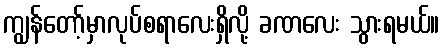
ကျွန်တော့်မှာလုပ်စရာလေးရှိလို့ ခဏလေး သွားရမယ်။